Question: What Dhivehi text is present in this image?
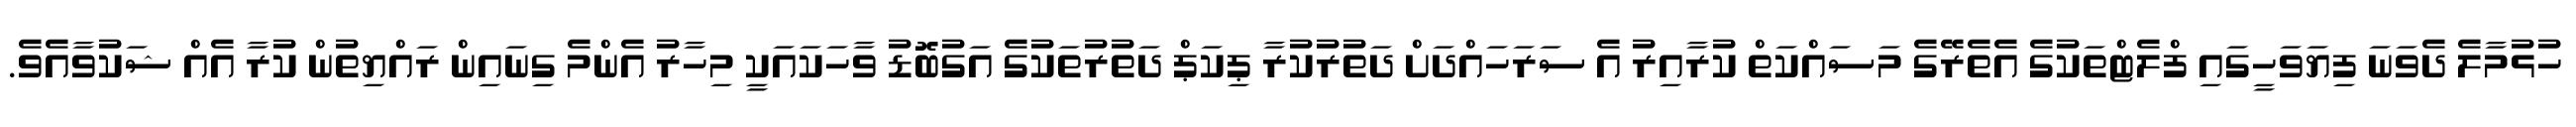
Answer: ހުޅުމާލެ ދެވަނަ ފިޔަވަހީގައި ފްލެޓްތަކުގެ އެތެރޭގެ މަސައްކަތް ކުރާއިރު އެ ސަރަހައްދަށް ދަތުރުކުރާ ޕިކަޕް ދަތުރުތަކުގެ އަގުބޮޑު ވާހަކައަކީ މިހާރު އެންމެ ގިނައިން ރައްޔިތުން ކުރާ އެއް ޝަކުވާއެވެ.